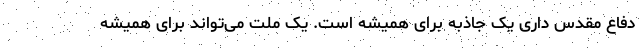
دفاع مقدس داری یک جاذبه برای همیشه است. یک ملت می‌تواند برای همیشه